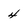
Character: 4